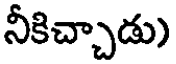
నీకిచ్చాడు)